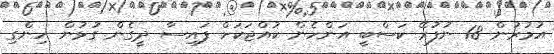
އުމުރުން 18 ނުފުރޭ ކަސްބީ އަންހެން ކުއްޖަކަށް ފައިސާ ދީގެން ގުޅުން ހިންގި